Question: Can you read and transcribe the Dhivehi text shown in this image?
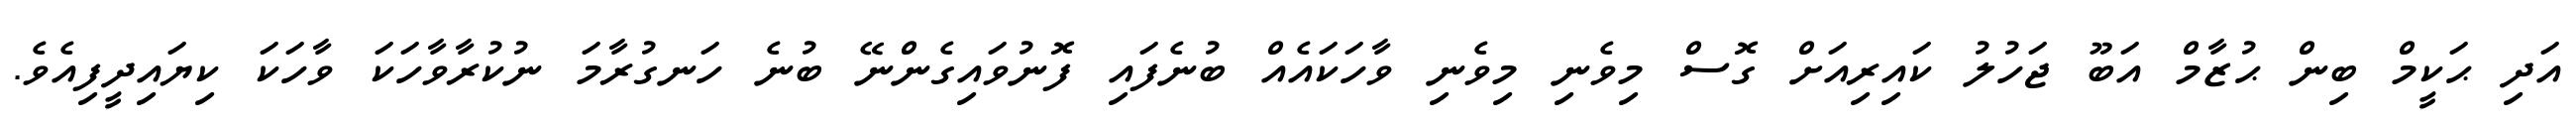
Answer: އަދި ޙަކީމް ބިން ޙުޒާމް އަބޫ ޖަހުލު ކައިރިއަށް ގޮސް މިވެނި މިވެނި ވާހަކައެއް ބުނެފައި ފޮނުވައިގެންނޭ ބުނެ ހަނގުރާމަ ނުކުރާވާހަކަ ވާހަކަ ކިޔައިދީފިއެވެ.